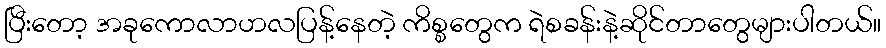
ပြီးတော့ အခုကောလာဟလပြန့်နေတဲ့ ကိစ္စတွေက ရဲစခန်းနဲ့ဆိုင်တာတွေများပါတယ်။